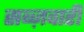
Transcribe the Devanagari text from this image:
सब्ज़वारी